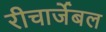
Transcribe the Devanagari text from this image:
रीचार्जेबल